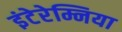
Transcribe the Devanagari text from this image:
इंटेरेम्निया